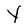
Character: Y